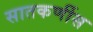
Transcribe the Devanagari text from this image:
सातकर्णीस